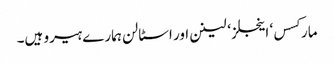
مارکسس‘ اینجلز ‘ لینن اور اسٹالن ہمارے ہیرو ہیں۔